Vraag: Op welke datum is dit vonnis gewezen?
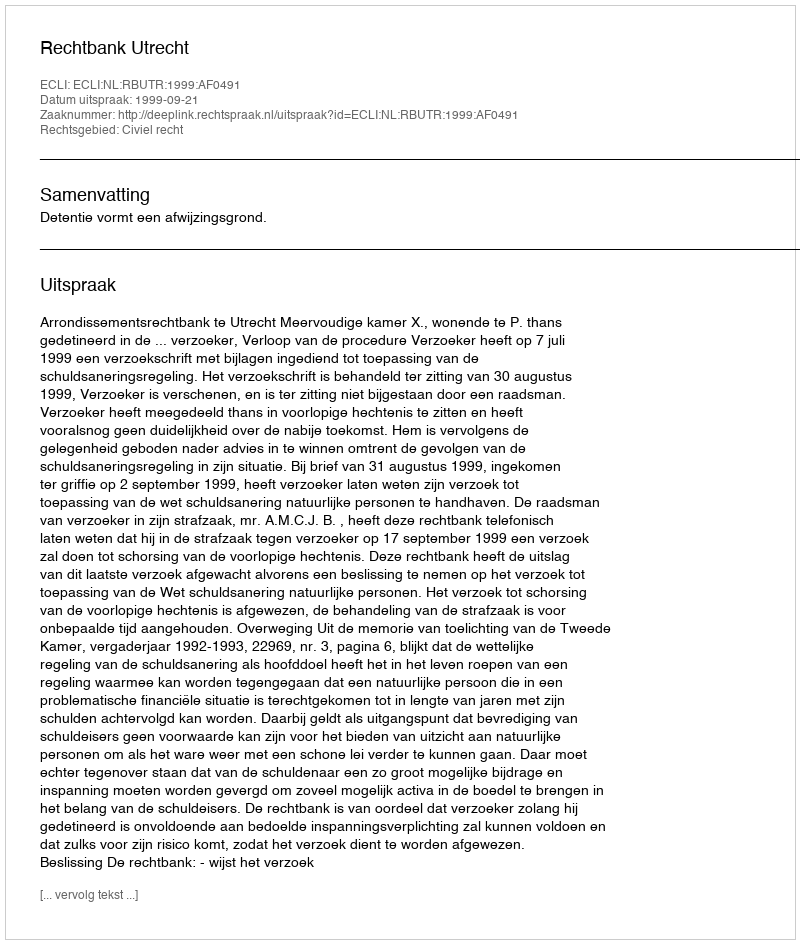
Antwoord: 1999-09-21